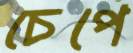
চেপে